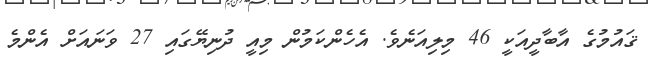
ޤައުމުގެ އާބާދީއަކީ 46 މިލިއަނެވެ. އެހެންކަމުން މިއީ ދުނިޔޭގައި 27 ވަނައަށް އެންމެ